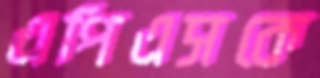
এপিএসকে